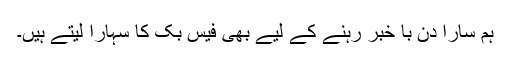
ہم سارا دن با خبر رہنے کے لیے بھی فیس بک کا سہارا لیتے ہیں۔